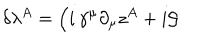
LaTeX: \delta \lambda ^ { A } = \Big ( i \, \gamma ^ { \mu } \partial _ { \mu } z ^ { A } + i { \cal G }